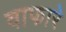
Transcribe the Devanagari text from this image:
वाफारे